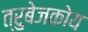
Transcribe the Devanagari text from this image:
त्रुबेजकोय